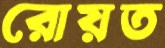
রোয়ত